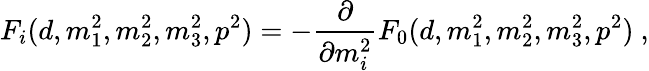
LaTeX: F_{i}(d,m_{1}^{2},m_{2}^{2},m_{3}^{2},p^{2})=-\frac{\partial}{\partial m_{i}^{2}}F_{0}(d,m_{1}^{2},m_{2}^{2},m_{3}^{2},p^{2})\ ,